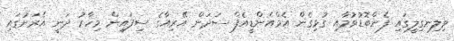
ވިލިނގިލީގައި ފެންބޮޑުވުމާއި ގުޅިގެން އެމްއެންޑީއެފް ސަދަން އޭރިއާގެ ސިފައިން މިހާރު ދަނީ އެރަށުގައި